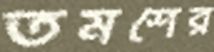
তমশের